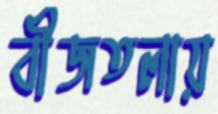
বীজতলায়